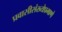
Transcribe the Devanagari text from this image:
प्रवासीसंख्येप्रमाणे